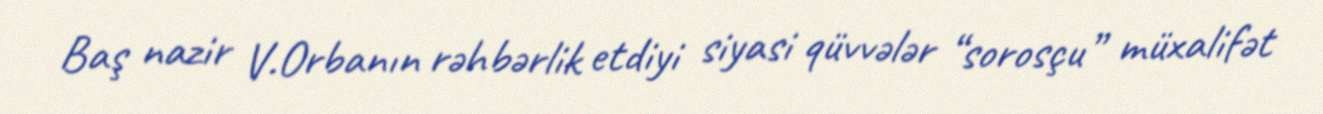
Baş nazir V.Orbanın rəhbərlik etdiyi siyasi qüvvələr “sorosçu” müxalifət